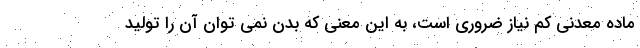
ماده معدنی کم نیاز ضروری است، به این معنی که بدن نمی توان آن را تولید